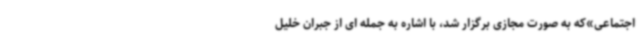
اجتماعی»که به صورت مجازی برگزار شد، با اشاره به جمله ای از جبران خلیل